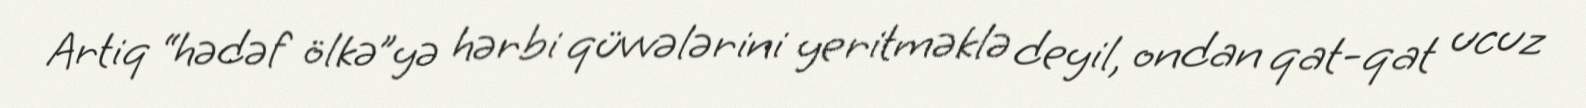
Artiq “hədəf ölkə”yə hərbi qüvvələrini yeritməklə deyil, ondan qat-qat ucuz